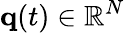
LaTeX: {\mathbf q}(t)\in\mathbb{R}^{N}